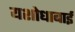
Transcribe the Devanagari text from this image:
यशोधाबाई